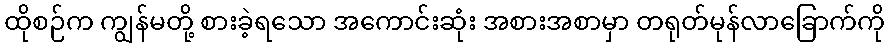
ထိုစဉ်က ကျွန်မတို့ စားခဲ့ရသော အကောင်းဆုံး အစားအစာမှာ တရုတ်မုန်လာခြောက်ကို